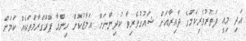
އަދި މިއީ ފަތުރުވެރިކަމަުގެ ދާއިރާއަށް ޝައުގުވެރިވާ ކުދިންނަށް އަމާޒުކޮށް ހިންގާ ޕްރޮގްރާމްތަކެއް ކަމަށް